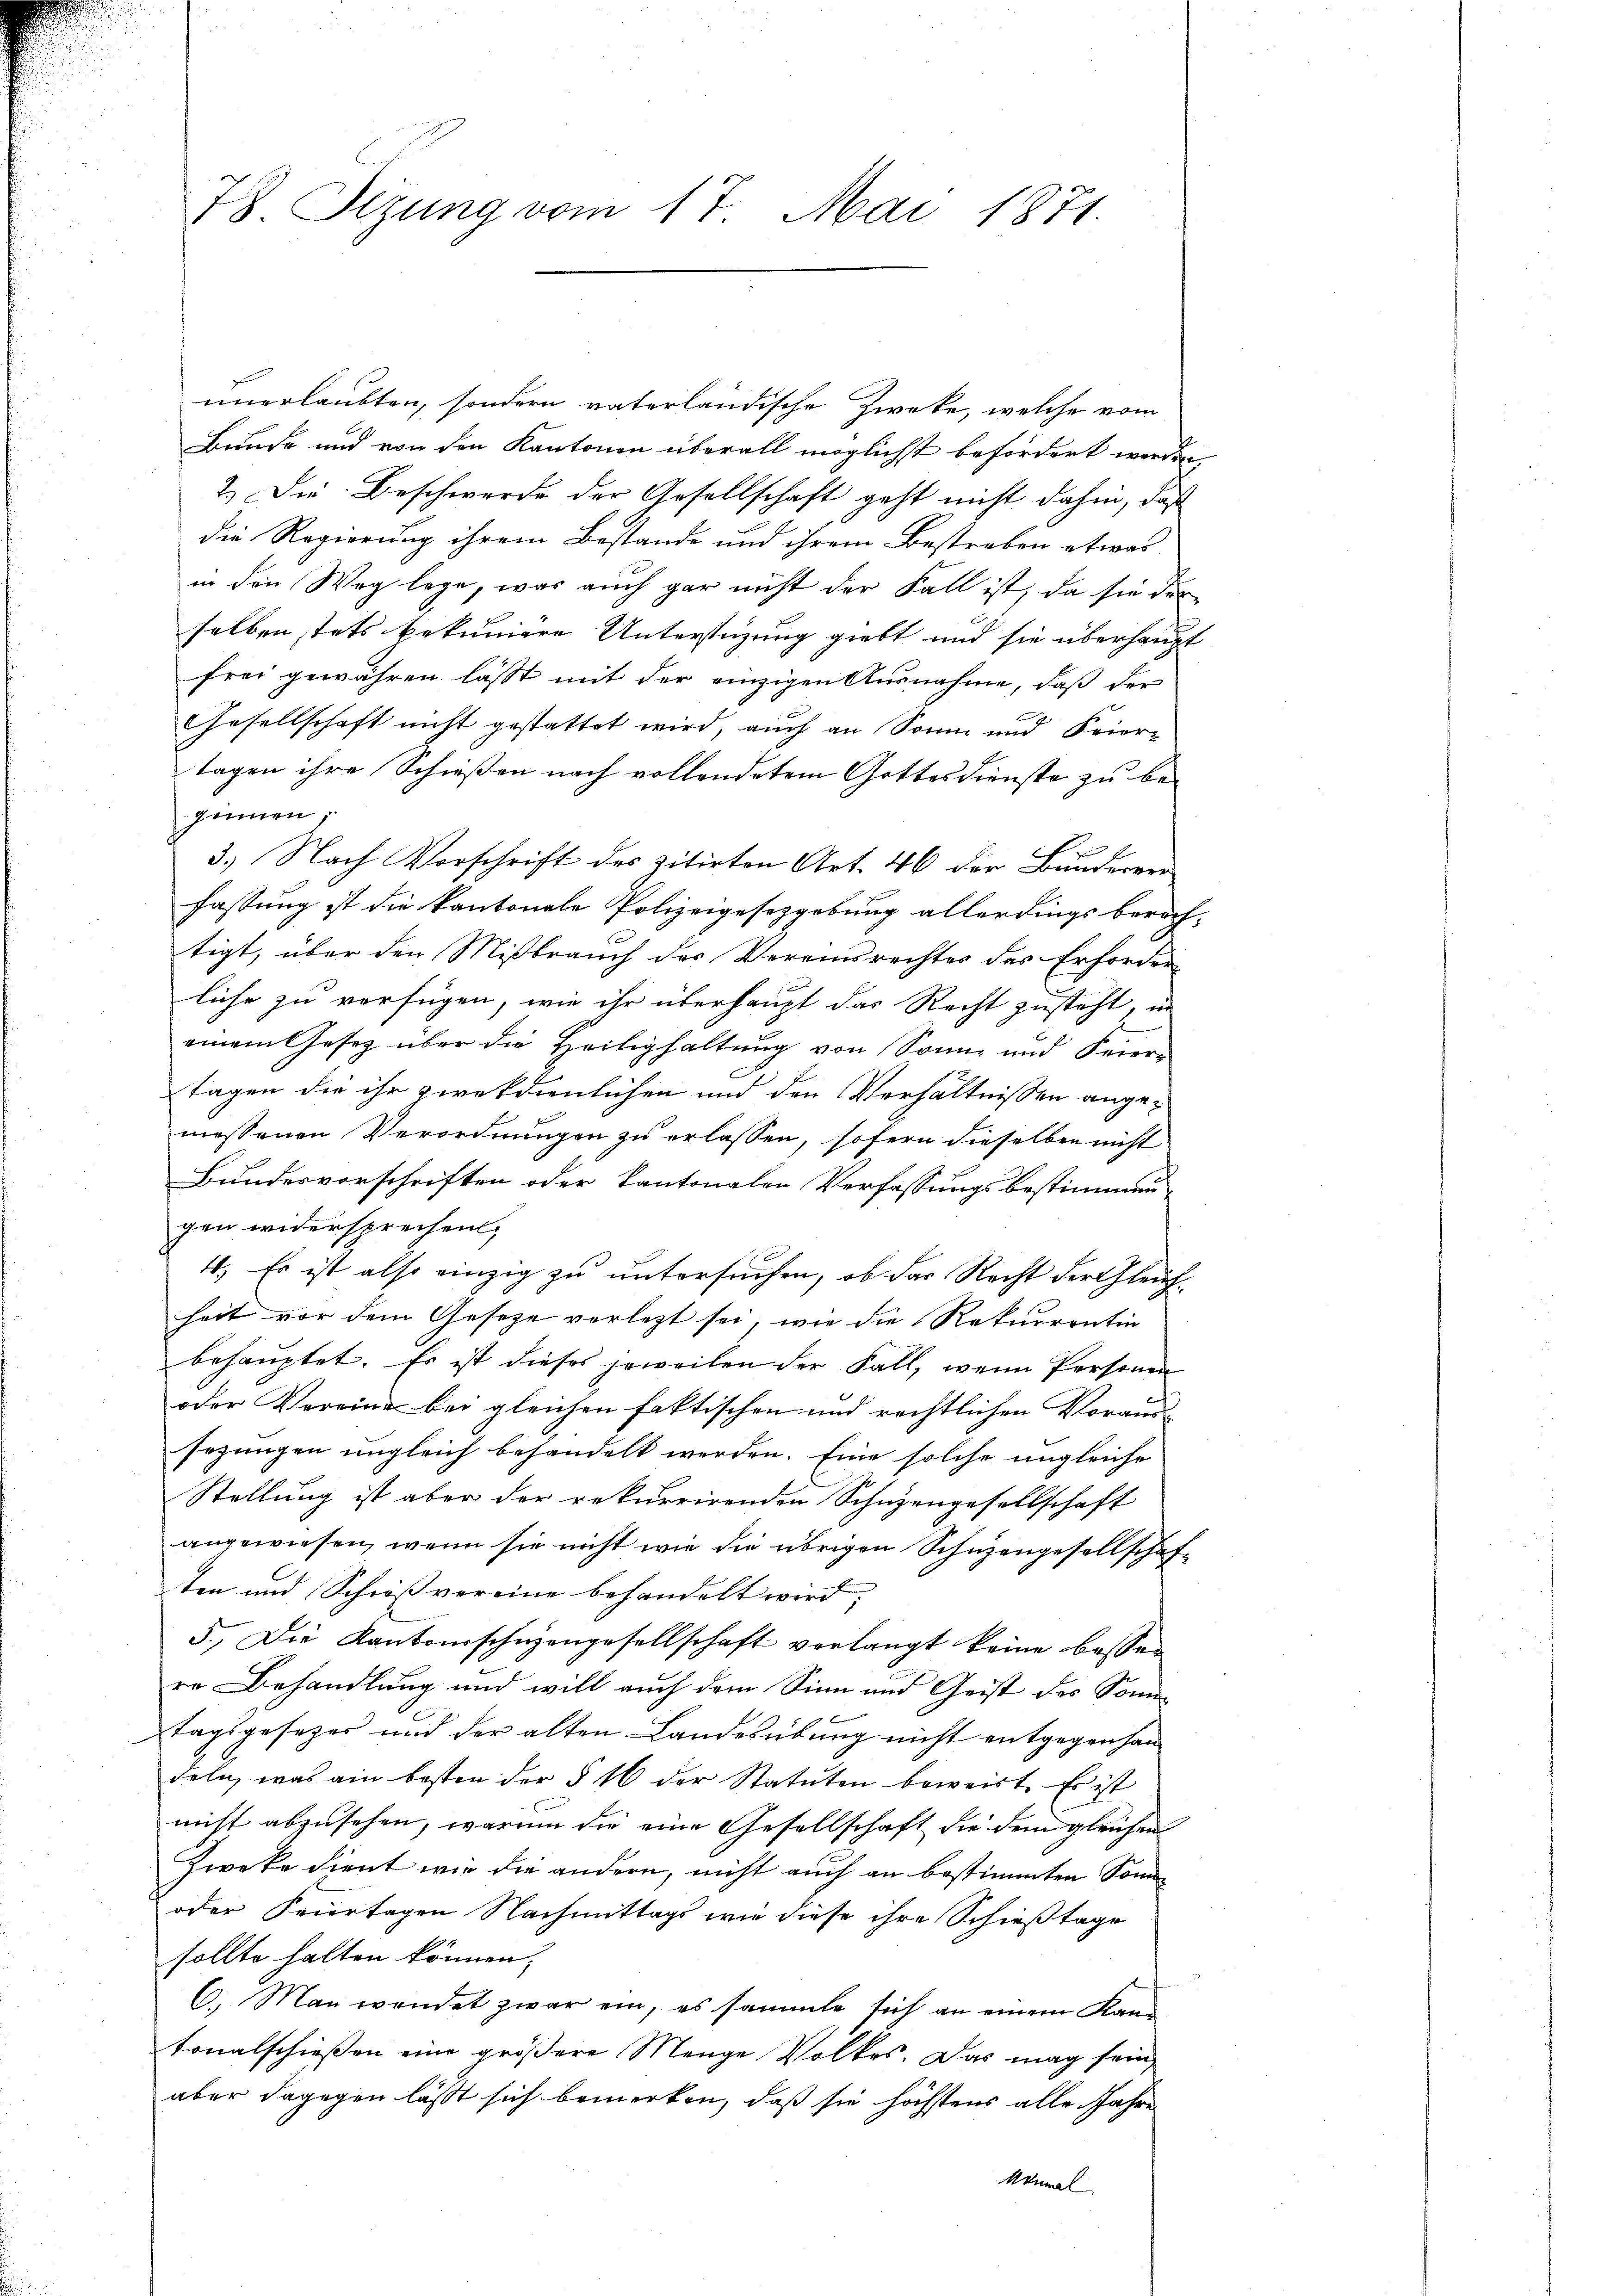
78. Sizung vom 17. Mai 1871.

unerlaubten, sondern vaterländische Zwecke, welche vom
Bunde und von den Kantonen überall möglichst befördert werden
2.) Die Beschwerde der Gesellschaft geht nicht dahin, daß
die Regierung ihrem Bestande und ihrem Bestreben etwas
in den Weg lege, was auch gar nicht der Fall ist, da sie der
selben stets bekuniere Unterstüzung giebt und sie überhaupt
frei gewähren lässt mit der einzigen Ausnahme, daß der
Gesellschaft nicht gestattet wird, auch an Sonne und Feier-
tagen ihre Schießen nach vollendetem Gottesdienste zu beginnen,
3.) Nach Vorschrift des zitirten Art. 46 der Bunderver
fassung ist die kantonale Polizeigesetzgebung allerdings berech-
tigt, über den Mißbrauch der Vereinsrechtes des Erforder-
liche zu verfügen, wie ihr überhaupt das Recht zusteht, in
einem Gesetz über die Heilighaltung von Sonne und Feiern
Tagen die ihr zweckdienlichen und den Verhältnissen angemessenen Verordnungen zu erlassen, sofern dieselben nicht
Bundesvorschriften oder kantonalen Verfassungsbestimmen-
gen widersprechen,
4. Es ist also einzig zu untersuchen, ob das Recht der Gleich-
heit vor dem Gesetze verlegt sei, wie die Rekurrentin
behauptet. Es ist dieses jeweilen der Fall, wenn Personen
oder Vereine bei gleichen faktischen und rechtlichen Voraus-
sezungen ungleich behandelt werden. Eine solche ungleiche
Stellung ist aber der rekurrirenden Schuzengesellschaft
angewiesen, wenn sie nicht wie die übrigen Schuzengesellschaf-
ten und Schresvereine behandelt wird;
5. Die Kantonsschüzengesellschaft vorlangt keine besser
re Behandlung und will auch dem Sinn und Geist des Sonntagsgesetzer und der alten Landesübung nicht entgegenhan
deln, was ain besten der § 16 der Statuten beweist. Es ist
nicht abzusehen, warum die eine Gesellschaft die dem gleichen
Zweke dient wie die andern, nicht auch an bestimmten Sonn¬
oder Feiertagen Nachmittags wie diese ihre Schießtage
sollte halten können.
6. Man wendet zwar ein, es sammte sich an einem Kantonalschießen eine größere Menge Volkes. Das mag sein,
aber dagegen lässt sich bemerken, daß sie höchstens alle Jahre
Akumal